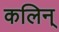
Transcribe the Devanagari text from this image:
कलिन्